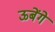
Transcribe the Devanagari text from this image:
ऊबेंगे